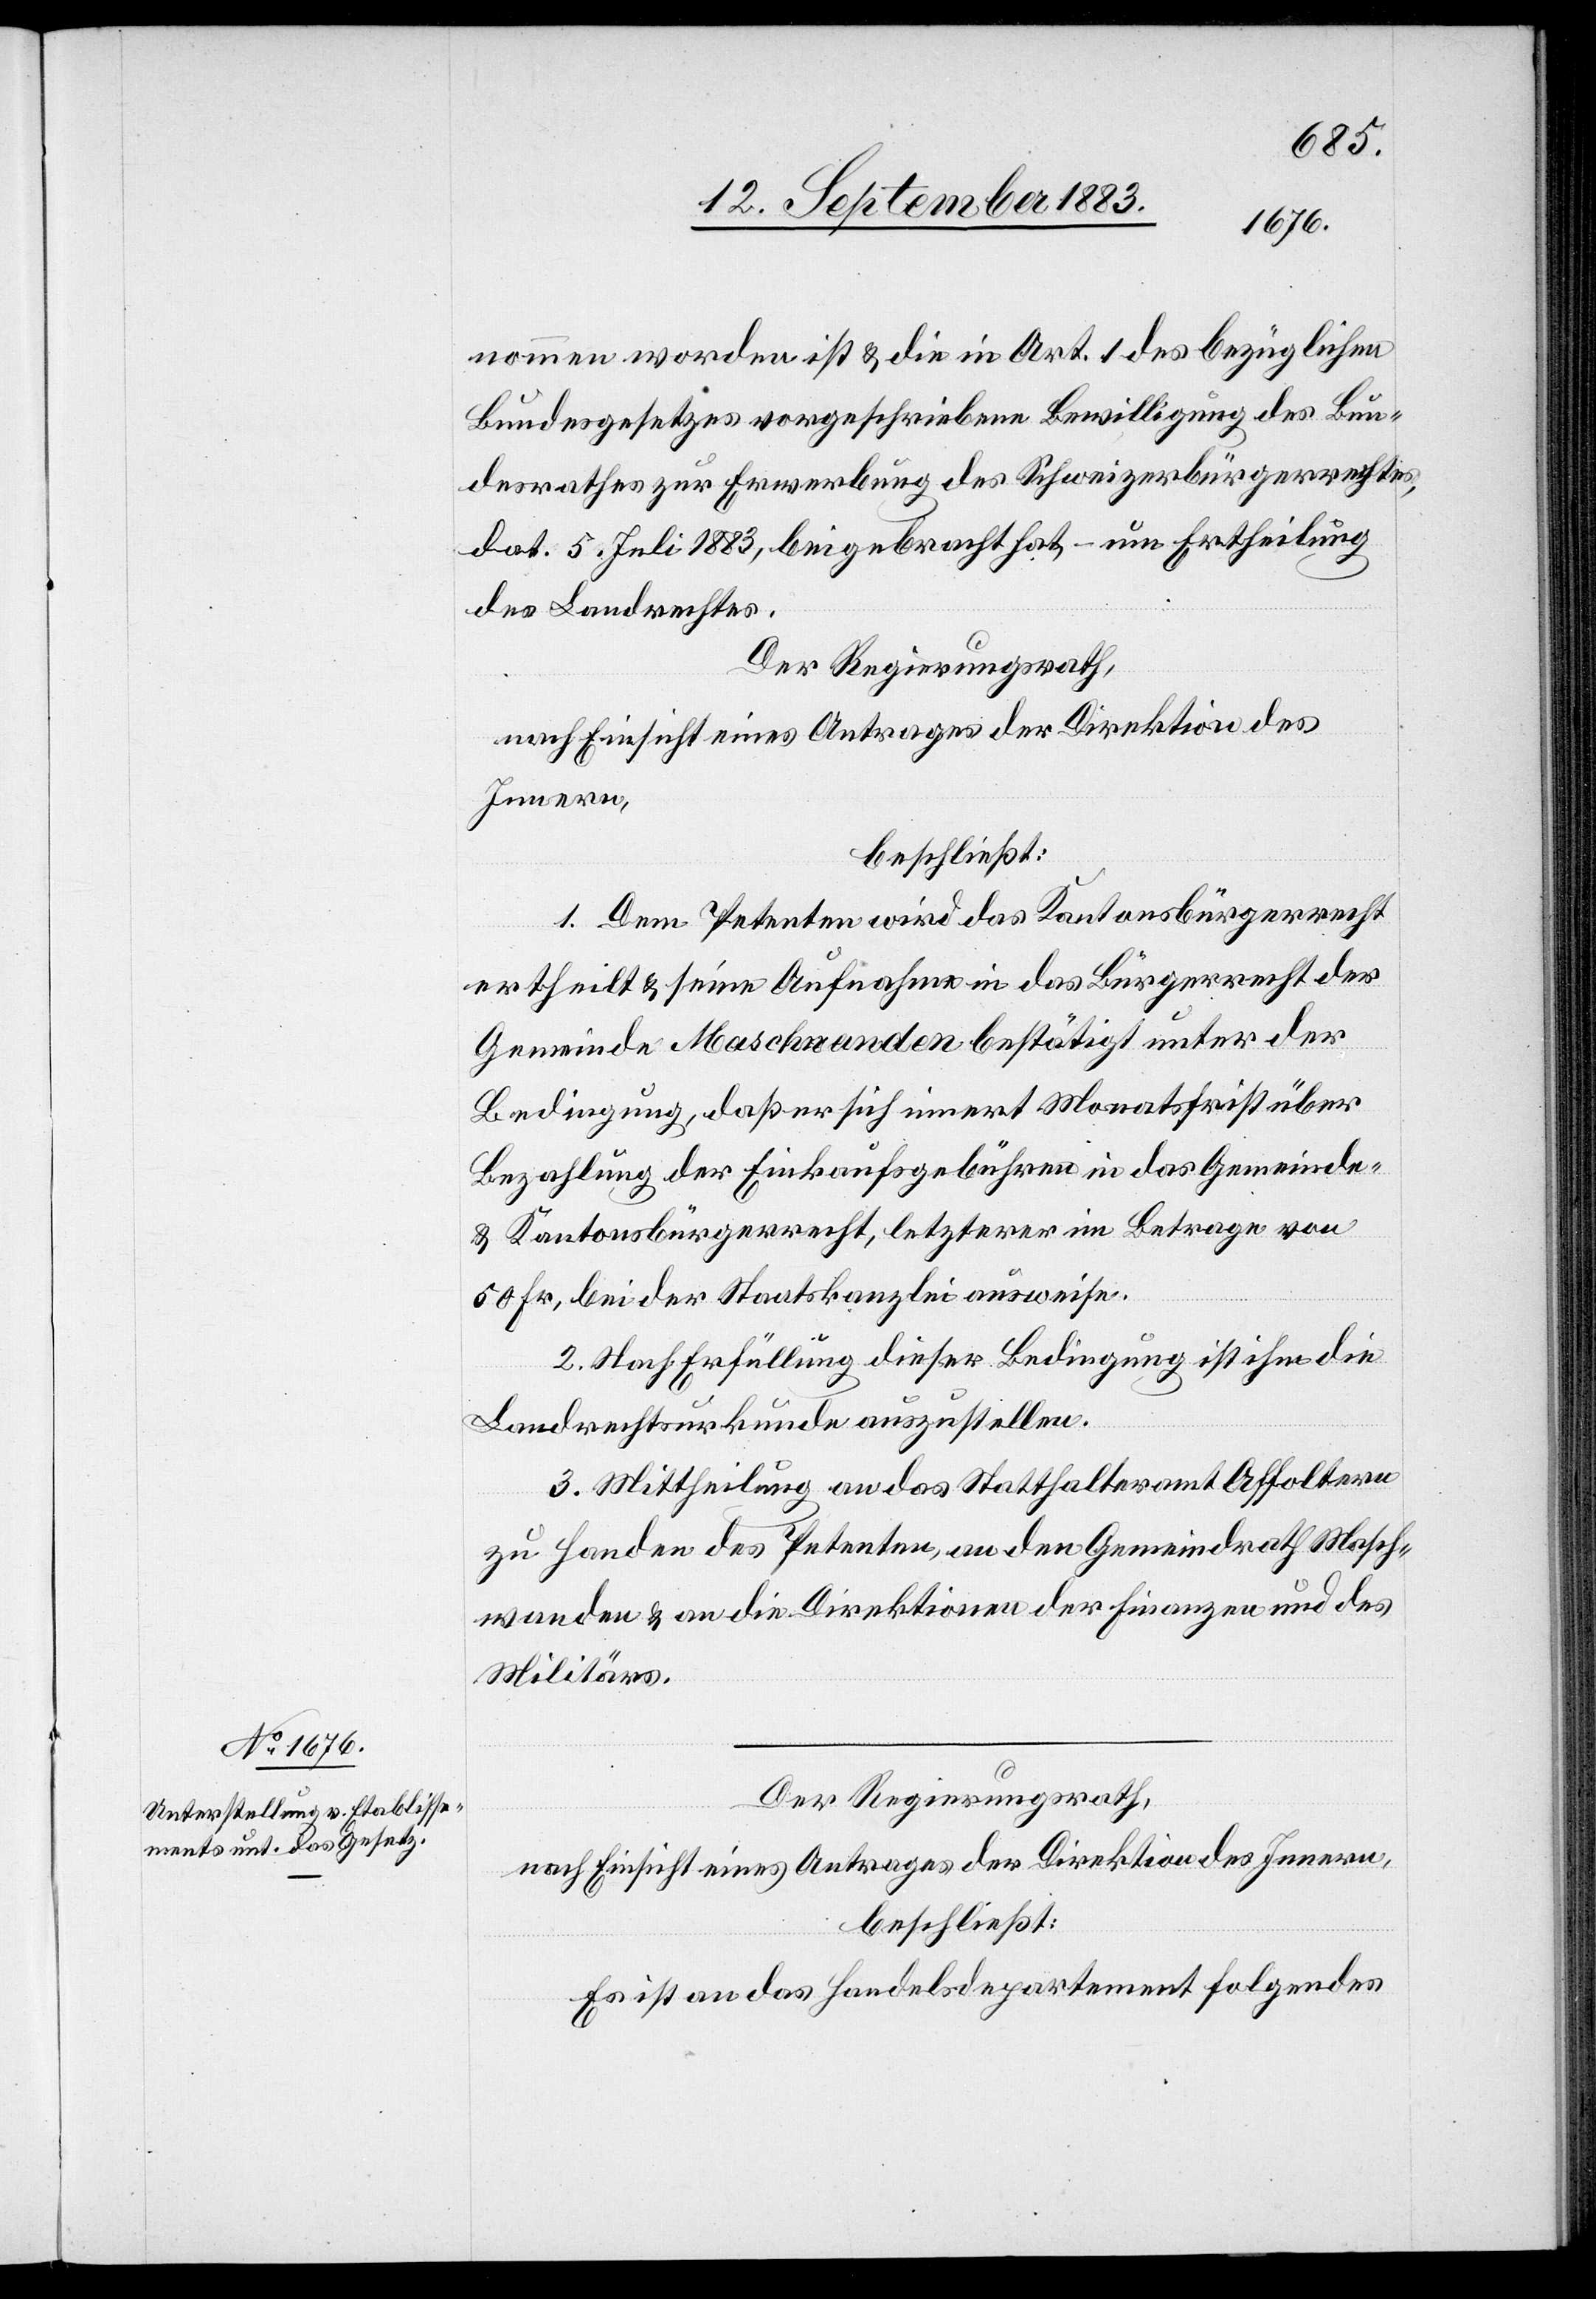
nommen worden ist & die in Art. 1 des bezüglichen
Bundesgesetzes vorgeschriebene Bewilligung des Bun¬
desrathes zur Erwerbung des Schweizerbürgerrechtes,
dat. 5. Juli 1883, beigebracht hat, – um Ertheilung
des Landrechtes.
Der Regierungsrath,
nach Einsicht eines Antrages der Direktion des
Innern,
beschließt:
1. Dem Petenten wird das Kantonsbürgerrecht
ertheilt & seine Aufnahme in das Bürgerrecht der
Gemeinde Maschwanden bestätigt unter der
Bedingung, daß er sich innert Monatsfrist über
Bezahlung der Einkaufsgebühren in das Gemeinde-
& Kantonsbürgerrecht, letzterer im Betrag von
50 Fr., bei der Staatskanzlei ausweise.
2. Nach Erfüllung dieser Bedingung ist ihm die
Landrechtsurkunde auszustellen.
3. Mittheilung an das Statthalteramt Affoltern
zu Handen des Petenten, an den Gemeindrath Masch¬
wanden & an die Direktionen des Finanzen und des
Militärs.
Der Regierungsrath,
nach Einsicht eines Antrages der Direktion des Innern,
beschließt:
Es ist an das Handelsdepartement folgendes